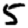
Digit: 5